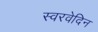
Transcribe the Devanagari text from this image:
स्वरवेदिन